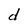
Character: d